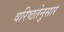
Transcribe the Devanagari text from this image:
वरिष्ठतेनुसार